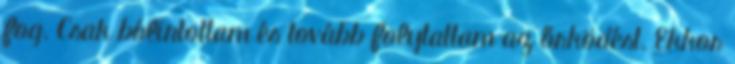
fog. Csak bólintottam és tovább folytattam az őrködést. Ekkor